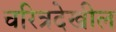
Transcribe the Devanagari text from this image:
चरित्रदेखील